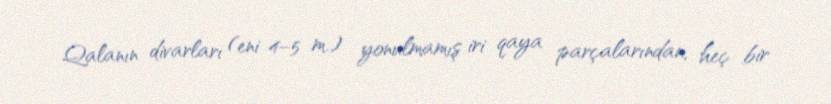
Qalanın divarları (eni 4–5 m.) yonulmamış iri qaya parçalarından, heç bir